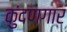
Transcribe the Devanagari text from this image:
कुंदणगार